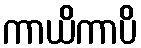
ကာယိကာပိ